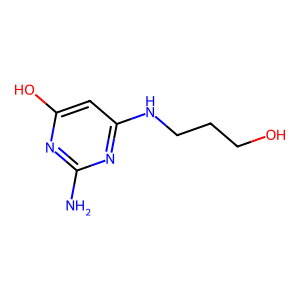
SMILES: Nc1nc(O)cc(NCCCO)n1
Inhibits HIV replication: No